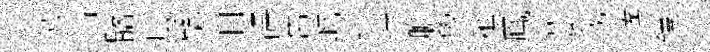
萝惜髂廣繇泊碍舊屹辨行膽學樵鳯萋我蹉鐸